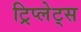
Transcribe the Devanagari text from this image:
ट्रिप्लेट्स